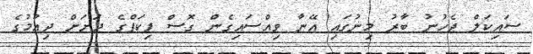
ސައިކަލް ޖެހުނު ބާރު މިނުގައި އޭނާ ވިއްސައިގެން ގޮސް ޕިކަޕްގެ ދަށަށް ދިއުމުގެ